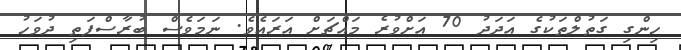
ހިންގި ގަތުލްތަކުގެ އަދަދު 70 އަށްވުރެ މައްޗަށް އަރައެވެ. ނަމަވެސް ބުރާސްފަތި ދުވަހު